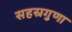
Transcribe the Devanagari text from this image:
सहस्रगुणा